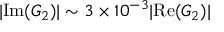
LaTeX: | \mathrm { I m } ( G _ { 2 } ) | \sim 3 \times 1 0 ^ { - 3 } | \mathrm { R e } ( G _ { 2 } ) |